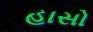
હાસો